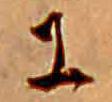
に